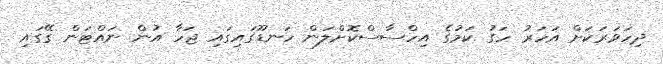
ދިހަވަރަކަށް އަހަރު ހަގު ކަމުގެ އިހްސާސްކޮށްލަން ހަނޑޫގައިގައި ޖަހާ އުން ނައްޓަން ގޭގައި